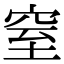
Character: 窒